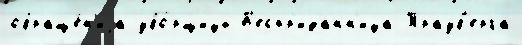
обраще́н'иjа убо́рщицы Б'еспр'иданн'ица Трауб'ерга